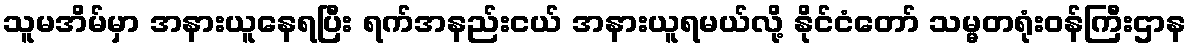
သူမအိမ်မှာ အနားယူနေရပြီး ရက်အနည်းငယ် အနားယူရမယ်လို့ နိုင်ငံတော် သမ္မတရုံးဝန်ကြီးဌာန